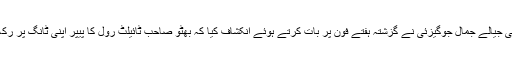
پی پی پی بلوچستان کے سابق ڈپٹی سیکریٹری جنرل اور انقلابی و نظریاتی جیالے جمال جوگیزئی نے گزشتہ ہفتے فون پر بات کرتے ہوئے انکشاف کیا کہ بھٹو صاحب ٹائیلٹ رول کا پیپر اپنی ٹانگ پر رکھ کر کتاب لکھتے اور مسودہ اپنے وکیل جنرل یحییٰ بختیار کو دے دیتے۔